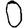
Digit: 0